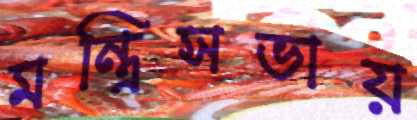
মন্ত্রিসভায়